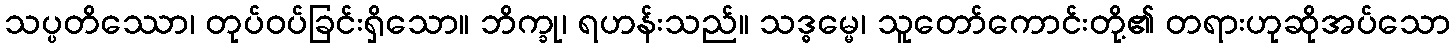
သပ္ပတိဿော၊ တုပ်ဝပ်ခြင်းရှိသော။ ဘိက္ခု၊ ရဟန်းသည်။ သဒ္ဓမ္မေ၊ သူတော်ကောင်းတို့၏ တရားဟုဆိုအပ်သော